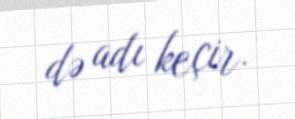
də adı keçir.